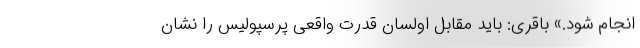
انجام شود.» باقری: باید مقابل اولسان قدرت واقعی پرسپولیس را نشان